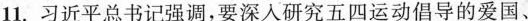
11. 习近平总书记强调，要深入研究五四运动倡导的爱国、